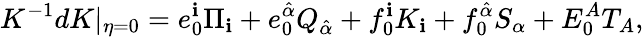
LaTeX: K^{-1}dK|_{\eta=0}=e_{0}^{\mathbf{i}}\Pi_{\mathbf{i}}+e_{0}^{\hat{{\alpha}}}Q_{\hat{{\alpha}}}+f_{0}^{\mathbf{i}}K_{\mathbf{i}}+f_{0}^{\hat{{\alpha}}}S_{\alpha}+E_{0}^{A}T_{A},